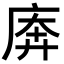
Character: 𫷱